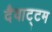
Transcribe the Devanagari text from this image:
दैवाट्टम